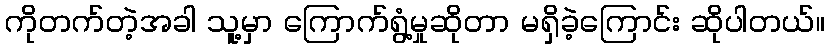
ကိုတက်တဲ့အခါ သူ့မှာ ကြောက်ရွံ့မှုဆိုတာ မရှိခဲ့ကြောင်း ဆိုပါတယ်။